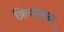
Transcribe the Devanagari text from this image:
क्रियामन